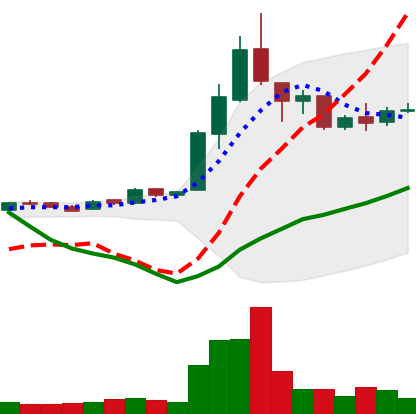
Ticker: LTC-USD
Chart end date: 2016-05-04
Forward return: 8.264%
Label: up_7plus